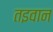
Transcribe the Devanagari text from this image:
तइवान